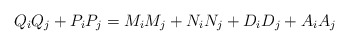
\begin{align*}Q_i Q_j+P_i P_j=M_i M_j+N_i N_j+D_i D_j+A_i A_j\end{align*}